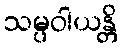
သမ္ပဝါယန္တိ